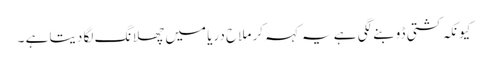
کیونکہ کشتی ڈوبنے لگی ہے یہ کہہ کر ملاح دریا میں چھلانگ لگا دیتا ہے ۔